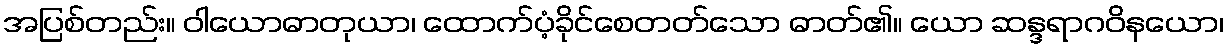
အပြစ်တည်း။ ဝါယောဓာတုယာ၊ ထောက်ပံ့ခိုင်စေတတ်သော ဓာတ်၏။ ယော ဆန္ဒရာဂဝိနယော၊